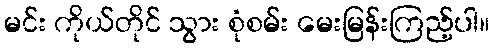
မင်း ကိုယ်တိုင် သွား စုံစမ်း မေးမြန်းကြည့်ပါ။